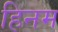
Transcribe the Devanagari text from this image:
हिनम